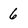
Character: 6